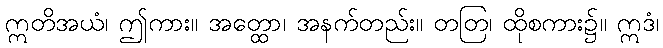
ဣတိအယံ၊ ဤကား။ အတ္ထော၊ အနက်တည်း။ တတြ၊ ထိုစကား၌။ ဣဒံ၊